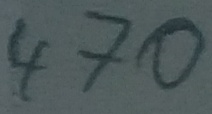
Text: 470